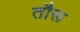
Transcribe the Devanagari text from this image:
तौरू